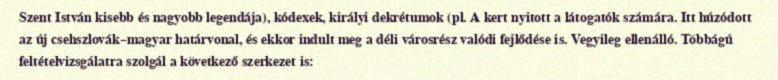
Szent István kisebb és nagyobb legendája), kódexek, királyi dekrétumok (pl. A kert nyitott a látogatók számára. Itt húzódott az új csehszlovák–magyar határvonal, és ekkor indult meg a déli városrész valódi fejlődése is. Vegyileg ellenálló. Többágú feltételvizsgálatra szolgál a következő szerkezet is: